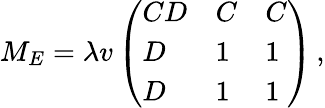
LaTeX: M_{E}=\lambda v\left(\begin{array}{lll}{{CD}}&{{C}}&{{C}}\\ {{D}}&{{1}}&{{1}}\\ {{D}}&{{1}}&{{1}}\end{array}\right)\, ,